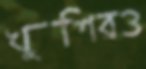
খুশিরও